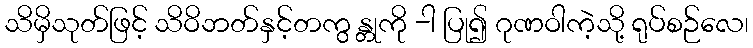
သိမှိသုတ်ဖြင့် သိဝိဘတ်နှင့်တကွ န္တုကို -ါ ပြု၍ ဂုဏဝါကဲ့သို့ ရုပ်စဉ်လေ၊